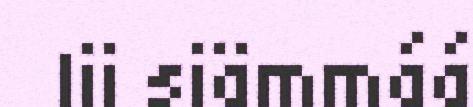
lii siämmáá